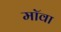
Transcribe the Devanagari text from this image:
मॉवा